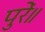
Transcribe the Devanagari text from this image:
पुरें॥